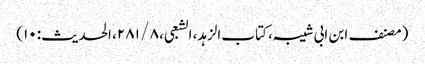
(مصنف ابن ابی شیبہ، کتاب الزہد، الشعبی، ۸ / ۲۸۱، الحدیث: ۱۰)